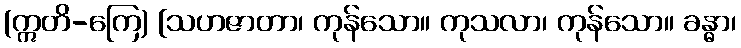
(ဣတိ-ကြေ) [သဟဇာတာ၊ ကုန်သော။ ကုသလာ၊ ကုန်သော။ ခန္ဓာ၊